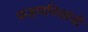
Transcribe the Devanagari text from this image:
फडणविसांची